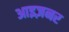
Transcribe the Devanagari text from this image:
आइज़नर